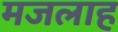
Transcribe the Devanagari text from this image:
मजलाह